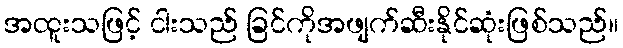
အထူးသဖြင့် ငါးသည် ခြင်ကိုအဖျက်ဆီးနိုင်ဆုံးဖြစ်သည်။